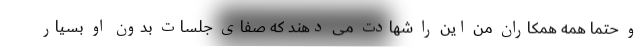
و حتما همه همکاران من این را شهادت می دهند که صفای جلسات بدون او بسیار